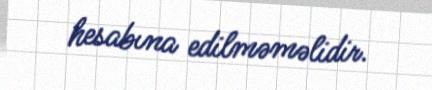
hesabına edilməməlidir.